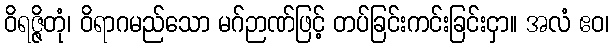
ဝိရဇ္ဇိတုံ၊ ဝိရာဂမည်သော မဂ်ဉာဏ်ဖြင့် တပ်ခြင်းကင်းခြင်းငှာ။ အလံ ဧဝ၊